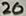
Text: 20